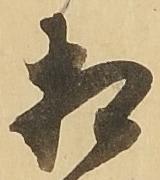
相